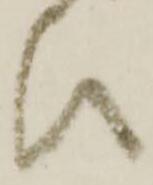
ひ